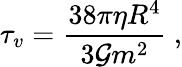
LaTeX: \tau_{v}=\frac{38\pi\eta R^{4}}{3{\cal G}m^{2}}\ ,